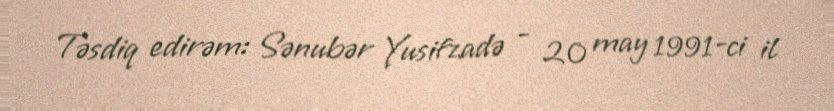
Təsdiq edirəm: Sənubər Yusifzadə - 20 may 1991-ci il